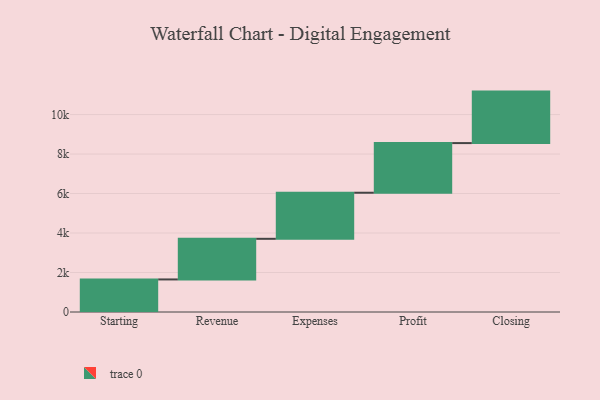
{"axis": {"x": "Step", "y": "Value"}, "legend": [""], "data": [{"x": "Starting", "y": 1649.0, "type": ""}, {"x": "Revenue", "y": 2058.0, "type": ""}, {"x": "Expenses", "y": 2334.0, "type": ""}, {"x": "Profit", "y": 2514.0, "type": ""}, {"x": "Closing", "y": 2608.0, "type": ""}]}